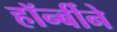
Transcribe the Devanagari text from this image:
हॉर्न्बीने